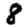
Digit: 8